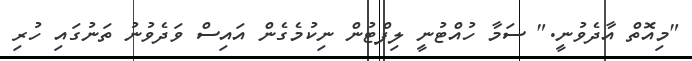
"މިއޮތް އާދެވުނީ." ސަމާ ހުއްޓުނީ ލިފްޓުން ނިކުމެގެން އައިސް ވަދެވުނު ތަނުގައި ހުރި